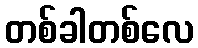
တစ်ခါတစ်လေ